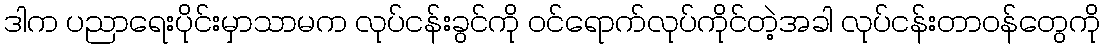
ဒါက ပညာရေးပိုင်းမှာသာမက လုပ်ငန်းခွင်ကို ဝင်ရောက်လုပ်ကိုင်တဲ့အခါ လုပ်ငန်းတာဝန်တွေကို